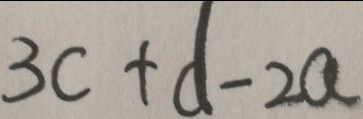
3 c + d - 2 a